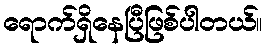
ရောက်ရှိနေပြီဖြစ်ပါတယ်။